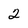
Character: 2